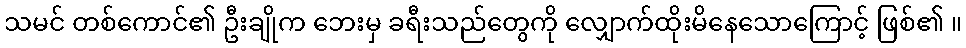
သမင် တစ်ကောင်၏ ဦးချိုက ဘေးမှ ခရီးသည်တွေကို လျှောက်ထိုးမိနေသောကြောင့် ဖြစ်၏ ။